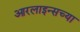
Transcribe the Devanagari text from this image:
आरलाइन्सच्या